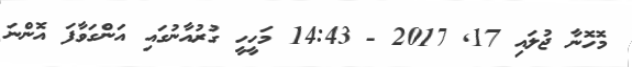
މޮހޮނާ ޖުލައި 17